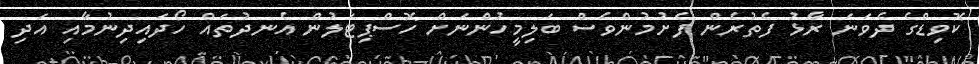
ކޮވިޑްގެ ދެވަނަ ރާޅު ފެތުރެން ފެށުމުންވެސް ބަލިމީހުންނަށް ހޮސްޕިޓަލުން އެނދުތައް ހޯދައިދިނުމާއި އަދި